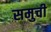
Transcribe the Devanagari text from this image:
समुची